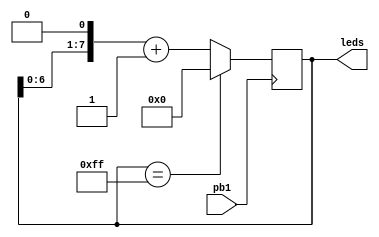
module fpga_counter (leds, pb1);

output reg[7:0] leds;
input pb1;

always @ (posedge pb1)
	begin
		if (leds == 8'hFF) // 1111 1111
			leds <= 8'h00;
		else
			leds <= (leds << 1) + 1; // 0001 111 -> 001 1111
	end

	
initial begin
leds = 8'h00;
end

endmodule